Indian journal of veterinary science and animal husbandry - Volumes 24-25, 1954-1955
Year: 1954
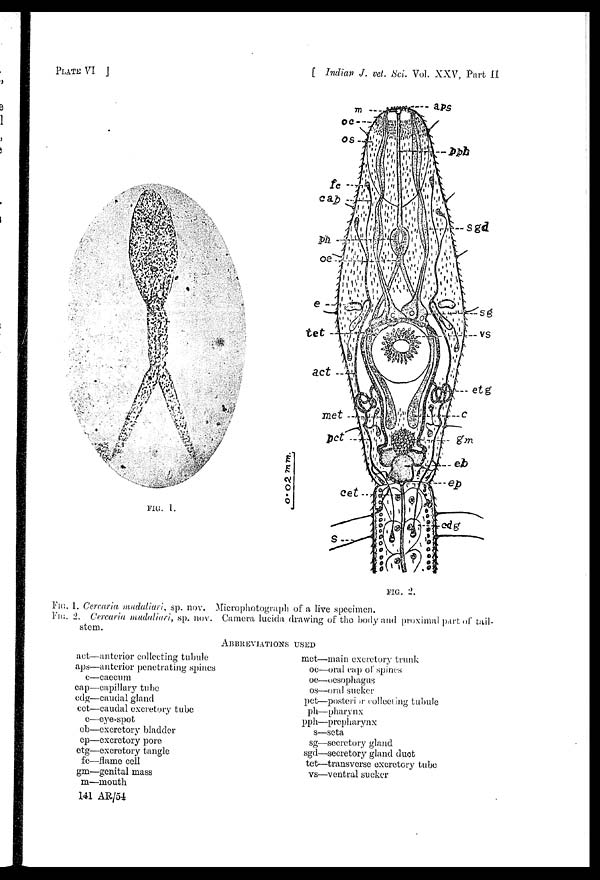
PLATE VI
[ Indian J. vet. Sci. Vol. XXV, Part II
FIG. 1. Cercaria muduliari, sp. now Microphotograph of a live specimen.
FIG. 2. Cercaria muduliari, sp. now Camera lucida drawing of the body and proximal part of tail-
stem.
ABBREVIATIONS USED
act—anterior collecting tubule
aps—anterior penetrating spines
c—caecum
cap—capillary tube
edg—caudal gland
cet—caudal excretory tube
e—eye-spot
eb—excretory bladder
ep—excretory pore
etg—excretory tangle
fc—flame cell
gm—genital mass
m—mouth
met—main excretory trunk
oc—oral cap of spines
oe—oesophagus
os—oral sucker
pet—posteri it collecting tubule
ph—pharynx
pph—prepharynx
s—seta
sg—secretory gland
sgd—secretory gland duot
tet—transverse excretory tube
vs—ventral sucker
141 AR/54